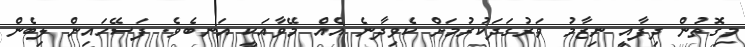
މިގޮތުން ދިފާއީ ނިޒާމު ވަރުގަދަކުރުމަށް ކެވިދާނެ އެއް މޭވާއަކީ އަނބެވެ. ފަސޭހައިން ލިބެން